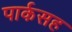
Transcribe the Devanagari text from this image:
पार्कसह